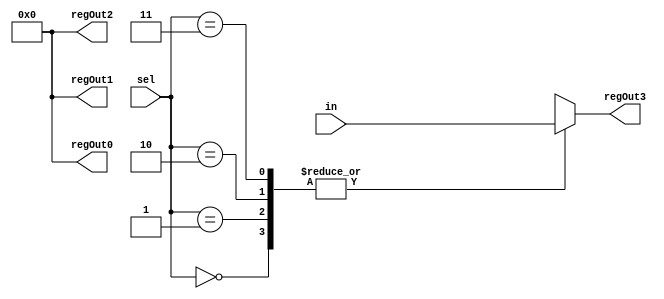
module deMux1to4(input [7:0]in,
					  input [1:0] sel,
					  
					  output reg [7:0] regOut0,
					  output reg [7:0] regOut1,
					  output reg [7:0] regOut2,
					  output reg [7:0] regOut3
    );
	 
	 always@(*)
	 begin
	 regOut0 = 8'd0;
	 regOut1 = 8'd0;
	 regOut2 = 8'd0;
	 regOut3 = 8'd0;
		
		case(sel)
			2'd0: 
			//regOut0=in;
			regOut3=in;
			
			2'd1: 
			//regOut1=in;
			regOut3=in;
			
			2'd2: 
			//regOut2=in;
			regOut3=in;
			
			2'd3: 
			regOut3=in;
		endcase
	 end
	  
endmodule